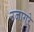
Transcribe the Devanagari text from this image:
उजागरे